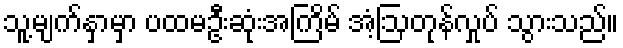
သူ့မျက်နှာမှာ ပထမဦးဆုံးအကြိမ် အံ့ဩတုန်လှုပ် သွားသည်။